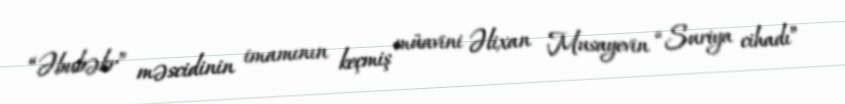
“Əbubəkr” məscidinin imamının keçmiş müavini Əlixan Musayevin “Suriya cihadı”